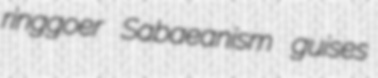
ringgoer Sabaeanism guises